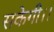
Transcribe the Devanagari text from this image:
सकेगी।।